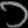
Digit: ၁